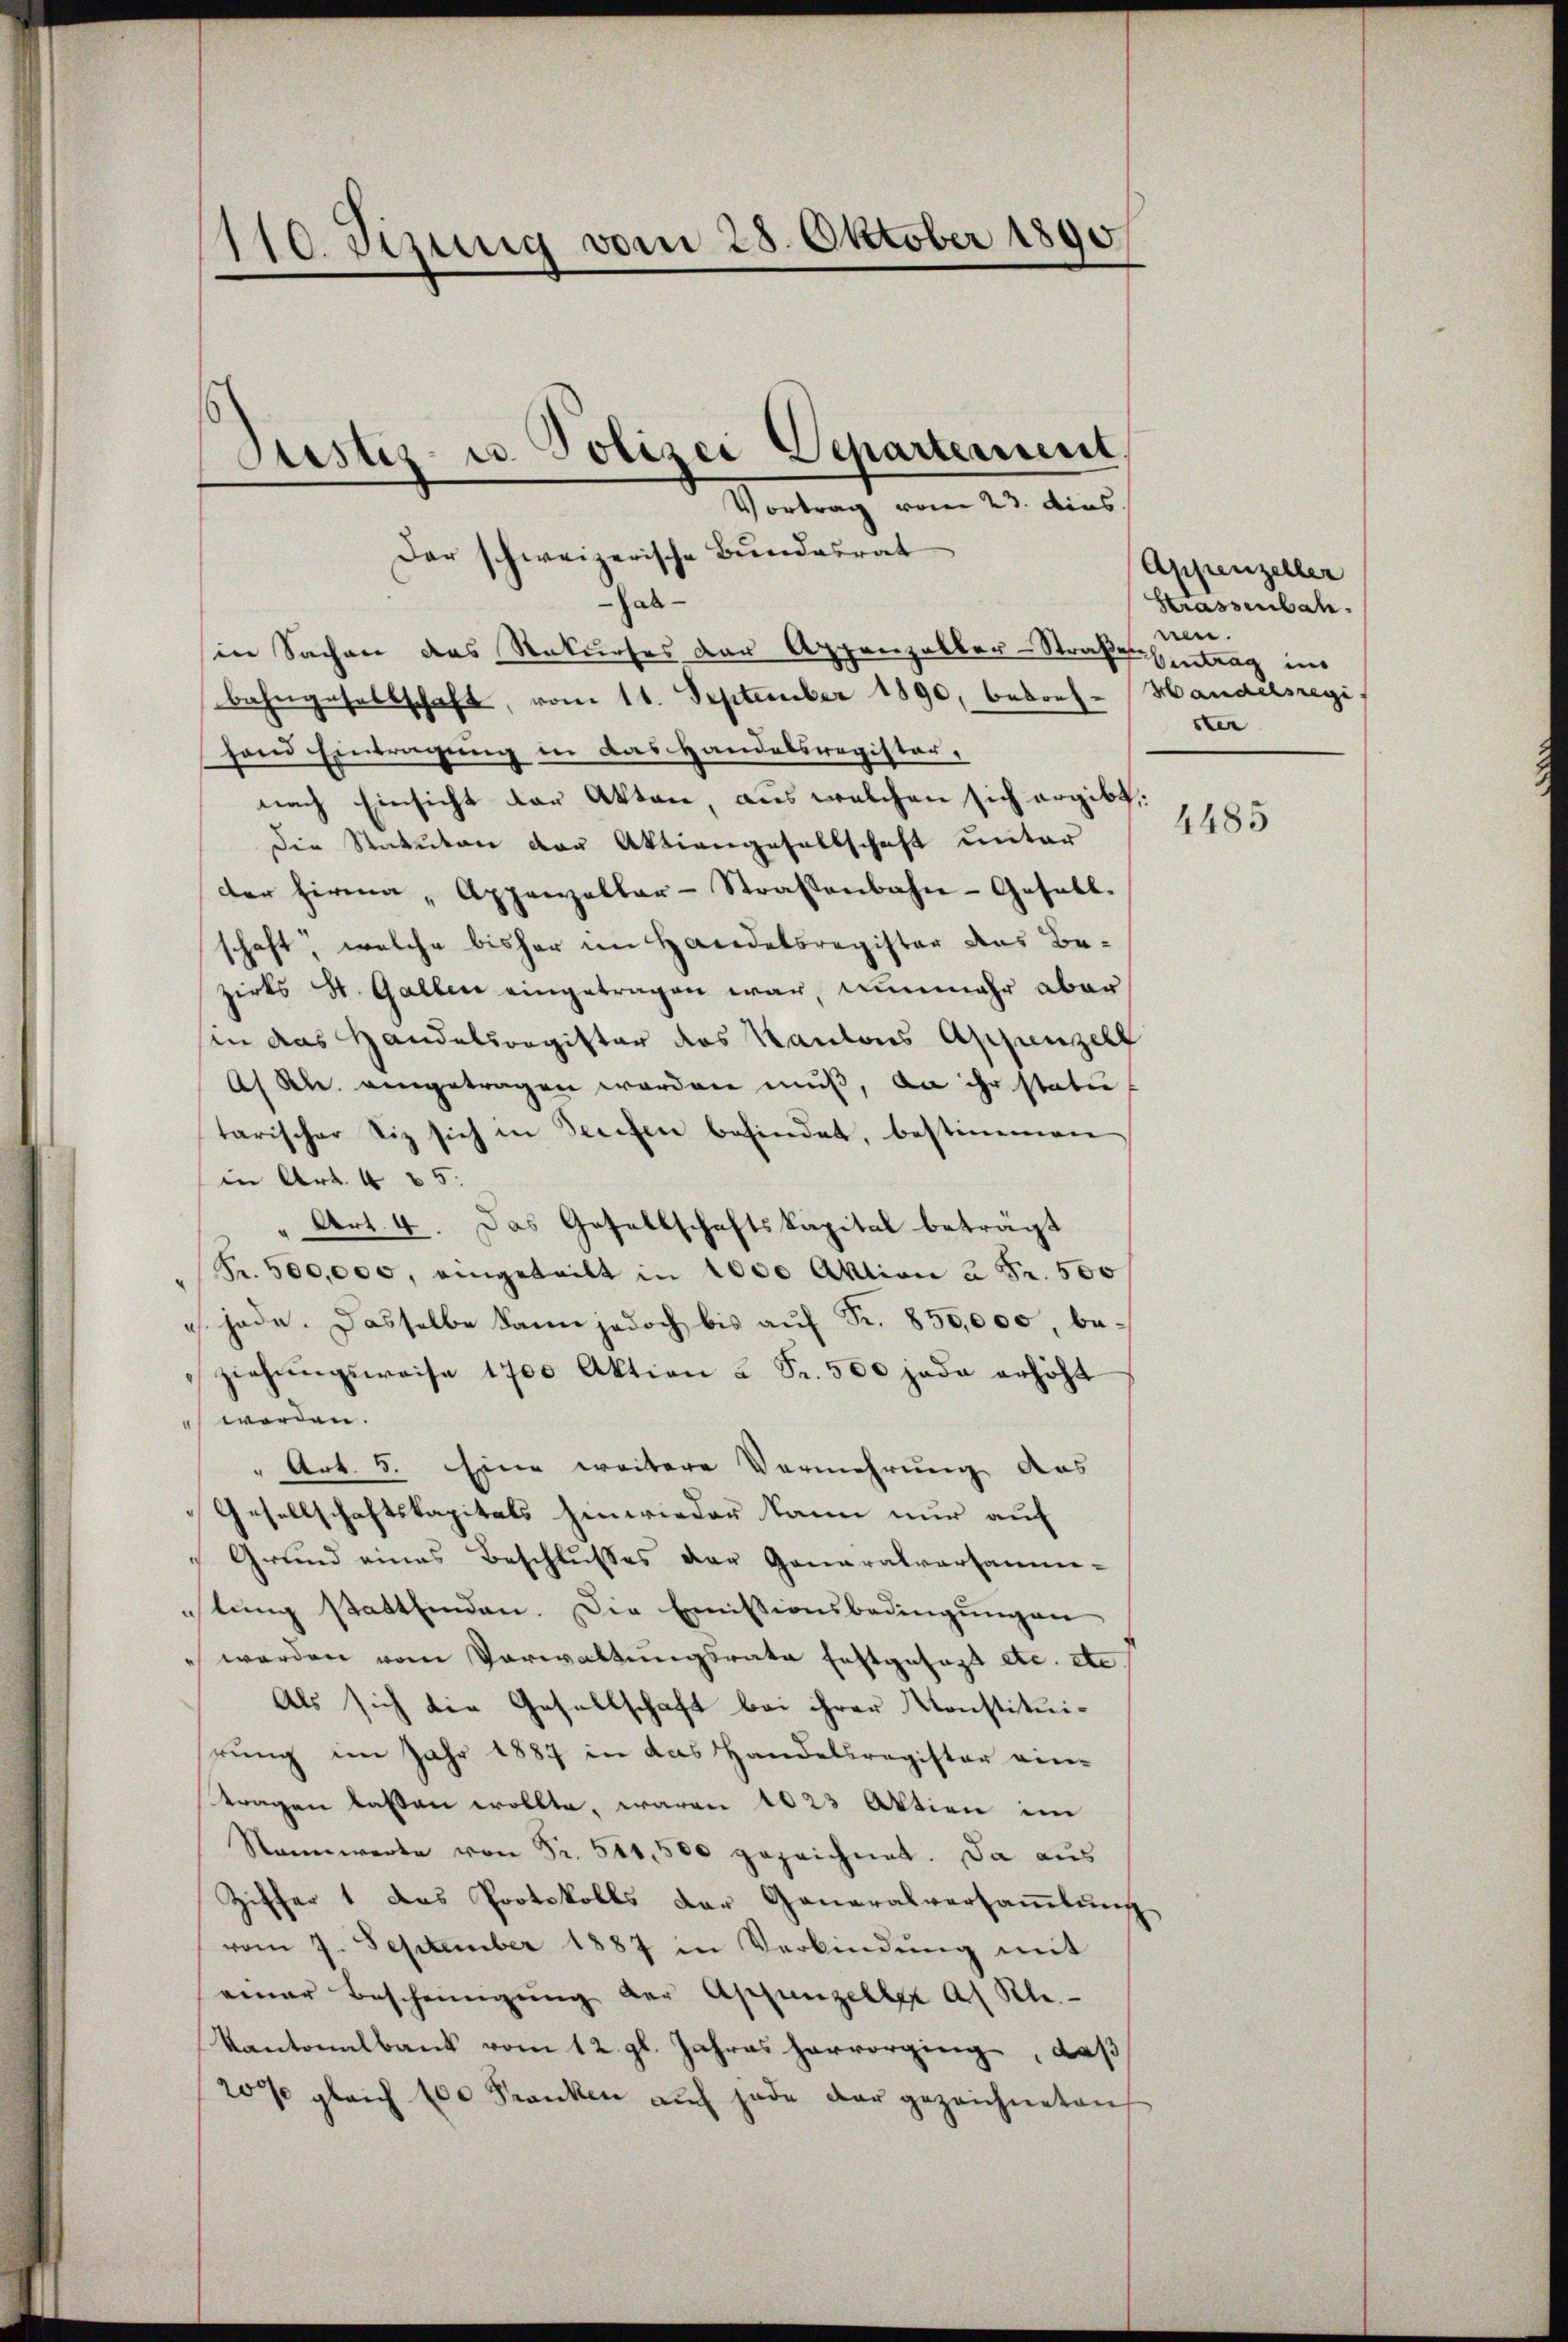
110. Jezung vom 28. Oktober 1890

Der schweizerische Bundesrat
Jabin Sachen das Rekurses der Appenzabler-Straße Eintrag im
bahngesellschaft, vom 11. September 1890, beson-Handelsregi
fond Eintragung in das Handelsregister,
nach Einsicht der Akten, aus welchen sich ergibt:
Die Statuten der Aktiengesellschaft unter
der Firma „Appenzellar-Straßenbahn-Gesell
schaft, welche bisher im Haridatsregister das Bezirks H. Gallen eingetragen war, nunmehr aber
sin das Handelsregister des Kantons Appenzell
Af Kl. angetragen werden muß, da ihr statu-
tarischer Siz sich in Seechen befindet, bestimmen
in Art. 485.
Art. 4. Das Gesellschaftskapital beträgt
5
Fr. 500,000, eingeteilt in 1000 Aktion à Fr. 500
jade. Dasselbe kann jedoch bis auf Fr. 850,000, beziehŭngsweise 1700 Aktion à Fr. 500 jada erhöht
worden.
" Art. 5. Eine weitere Vermehrung das
Gesellschaftskapitals hinwieder kann nur auf
Grund eines Beschlußes der Generalversamme-
tŭng stattfinden. Die Emissionsbedingŭngen
werden vom Verwaltungsrate festgesezt etc. etc.
Als sich die Gesellschaft bei ihrer Konstituirung im Jahr 1887 in das Handelsregister ein-
tragen laßen wollte, waren 1023 Aktion im
Nannwerke von Fr. 511,500 gezeichnet. Da aus
Ziffer 1 das Protokolls der Generalversammlung
vom 9. September 1887 in Verbindung mit
einer Bescheinigŭng der Appenzelle as Kle
Kantonalbank vom 12. gl. Jahres hervorging, daß
20% gleich 100 Franken auch jede der gezeichneten

Justiz- u. Polizei Separtement,
Vortrag vom 23. dies

Appenzeller
Strassenbah
nn.
ster

4485